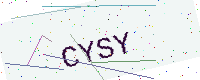
Text: CYSY